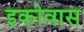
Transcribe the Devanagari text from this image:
इकोवास